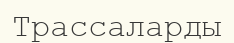
Трассаларды